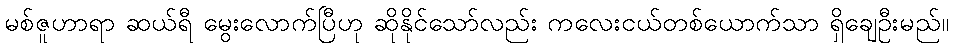
မစ်ဇူဟာရာ ဆယ်ရီ မွေးလောက်ပြီဟု ဆိုနိုင်သော်လည်း ကလေးငယ်တစ်ယောက်သာ ရှိချေဦးမည်။